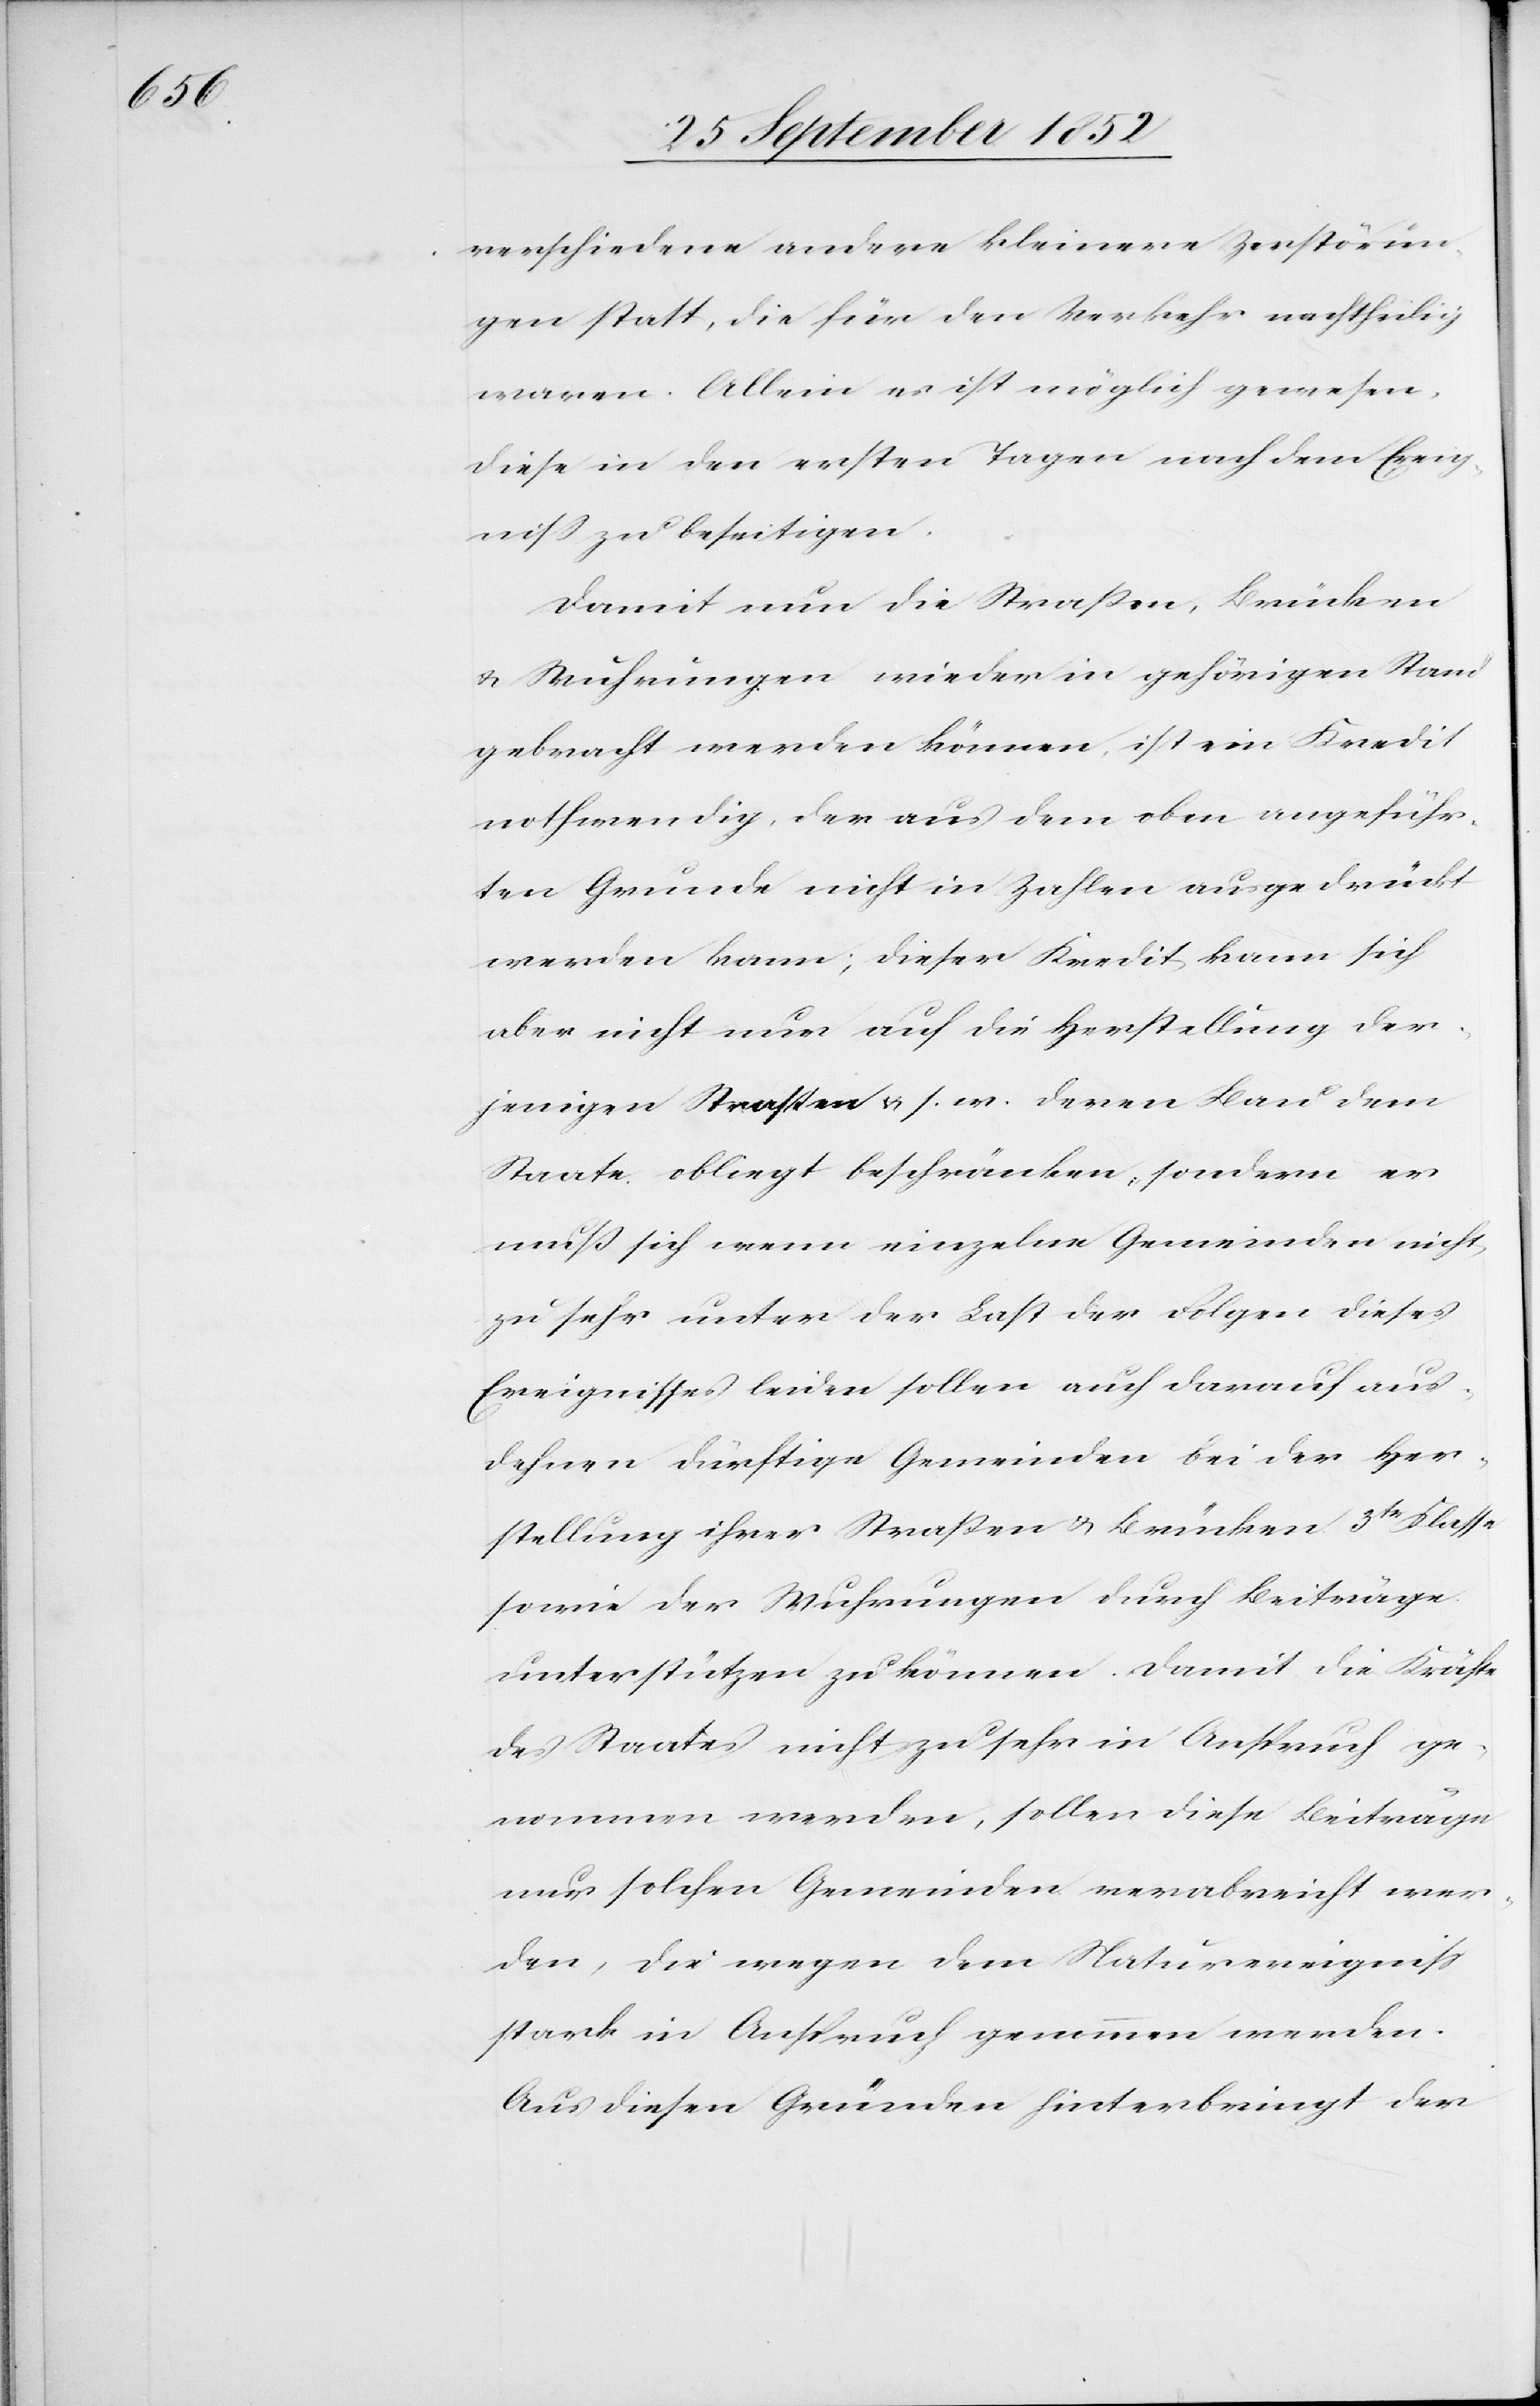
verschiedene andere kleinere Zerstörun¬
gen statt, die für den Verkehr nachtheilig
waren. Allein es ist möglich gewesen,
diese in den ersten Tagen nach dem Ereig¬
niss zu beseitigen.
Damit nun die Straßen, Brücken
& Wuhrungen wieder in gehörigen Stand
gebracht werden können, ist ein Kredit
nothwendig, der aus dem oben angeführ¬
ten Grunde nicht in Zahlen ausgedrückt
werden kann; dieser Kredit kann sich
aber nicht nur auf die Herstellung der¬
jenigen Straßen & s. w. deren Bau dem
Staate obliegt beschränken, sondern er
muß sich wenn einzelne Gemeinden nicht
zu sehr unter der Last der Folgen dieses
Ereignisses leiden sollen auch darauf aus¬
dehnen dürftige Gemeinden bei der Her¬
stellung ihrer Straßen & Brücken 3tr Klasse
sowie der Wuhrungen durch Beiträge
unterstützen zu können. Damit die Kräfte
des Staates nicht zu sehr in Anspruch ge¬
nommen werden, sollen diese Beiträge
nur solchen Gemeinden verabreicht wer¬
den, die wegen dem Naturereigniss
stark in Anspruch genommen werden.
Aus diesen Gründen hinterbringt der